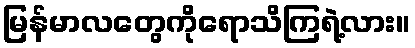
မြန်မာလတွေကိုရောသိကြရဲ့လား။